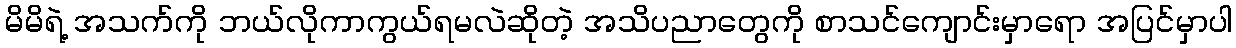
မိမိရဲ့ အသက်ကို ဘယ်လိုကာကွယ်ရမလဲဆိုတဲ့ အသိပညာတွေကို စာသင်ကျောင်းမှာရော အပြင်မှာပါ